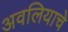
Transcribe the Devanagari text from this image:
अवलियाचे